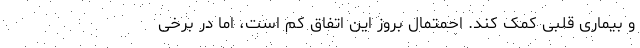
و بیماری قلبی کمک کند. احمتمال بروز این اتفاق کم است، اما در برخی